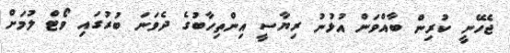
ޖެހޭނީ ކުރިން ބާއްވަން އުޅުނު ރިޔާސީ އިންތިހާބުގެ ދެވަނަ ބުރުގައި ވޯޓް ލުމަށް